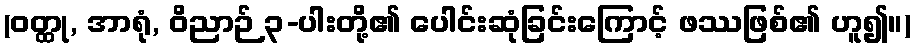
(ဝတ္ထု, အာရုံ, ဝိညာဉ် ၃-ပါးတို့၏ ပေါင်းဆုံခြင်းကြောင့် ဖဿဖြစ်၏ ဟူ၍။)